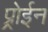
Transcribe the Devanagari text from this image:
प्र्रोईन